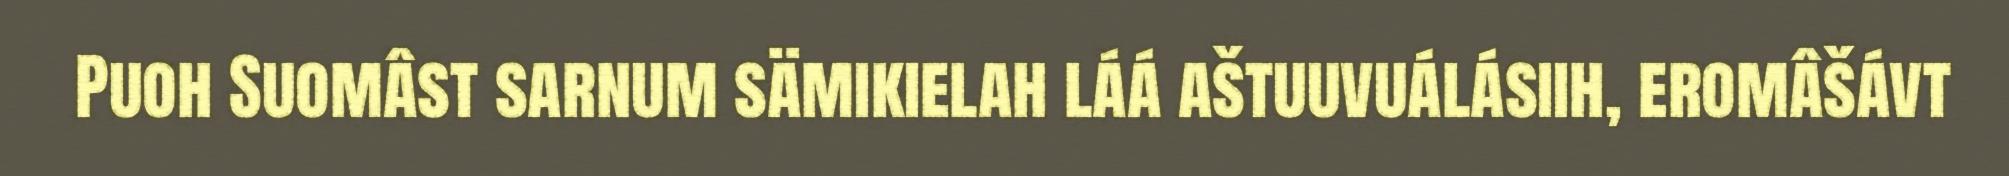
Puoh Suomâst sarnum sämikielah láá aštuuvuálásiih, eromâšávt